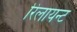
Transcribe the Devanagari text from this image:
रिलायन्ट